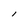
Character: l